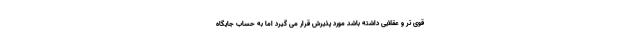
قوی تر و عقلایی داشته باشد مورد پذیرش قرار می گیرد اما به حساب جایگاه